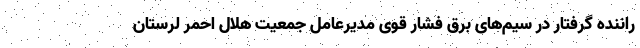
راننده گرفتار در سیم‌های برق فشار قوی مدیرعامل جمعیت هلال احمر لرستان